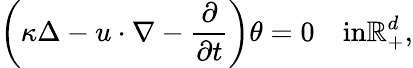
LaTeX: \left(\kappa\Delta-u\cdot\nabla-\frac{\partial}{\partial t}\right)\theta=0\quad\textrm{in}\mathbb{R}_{+}^{d},